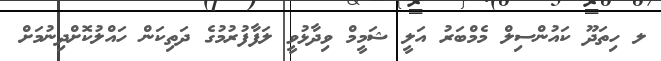
ލ ހިތަދޫ ކައުންސިލް މެމްބަރު އަލީ ޝަމީމް ވިދާޅުވީ ލަފާފުރުމުގެ ދަތިކަން ހައްލުކޮށްދިނުމަށް